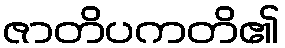
ဇာတိပကတိ၏